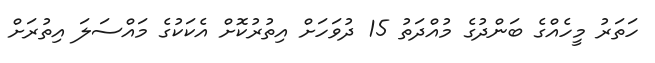
ހަތަރު މީހެއްގެ ބަންދުގެ މުއްދަތު 15 ދުވަހަށް އިތުރުކޮށް އެކަކުގެ މައްސަލަ އިތުރަށް